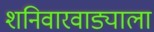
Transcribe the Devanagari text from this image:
शनिवारवाड्याला